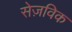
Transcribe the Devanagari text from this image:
सेज़विक